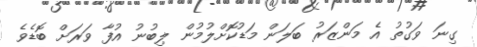
ގިނަ ވަގުތު އެ މަންޒަރު ބަލަން މަޑުކޮށްލުމުން ލިބުނު އުފާ ވަރަށް ބޮޑެވެ